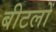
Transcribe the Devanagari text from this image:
बीटलों